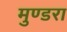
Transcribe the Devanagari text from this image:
मुण्डरा